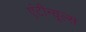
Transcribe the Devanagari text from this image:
एंटीन्यूल्स